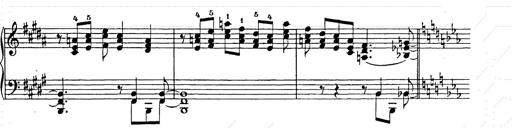
Title: Ballade No.2
Composer: Jan Skrzydlewski
Key: B minor